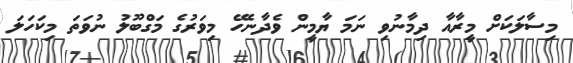
މިސާލަކަށް މީރާއާ ދިމާނުވި ނަމަ ޔާމީން ވެދާނެހޭ މިވަރުގެ މަގްބޫލު ނުވަތަ މިކަހަލަ